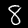
Digit: 8